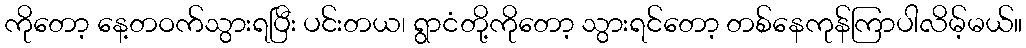
ကိုတော့ နေ့တဝက်သွားရပြီး ပင်းတယ၊ ရွာငံတို့ကိုတော့ သွားရင်တော့ တစ်နေကုန်ကြာပါလိမ့်မယ်။